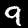
Label: 9